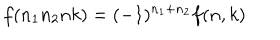
f ( n _ { 1 } n _ { 2 } n k ) = ( - 1 ) ^ { n _ { 1 } + n _ { 2 } } f ( n , k )